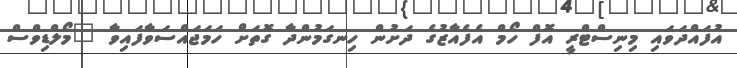
އުފައްދަވައި މިނިސްޓްރީ އޮފް ހޯމް އެފެއާޒުގެ ދަށުން ހިނގަމުންދާ ގޮތަށް ހަމަޖައްސަވާފައިވާ "މޯލްޑިވްސް